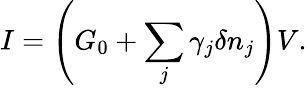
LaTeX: I=\left(G_{0}+\sum_{j}\gamma_{j}\delta n_{j}\right)V.